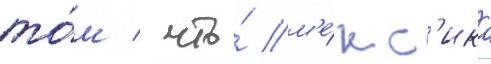
то́м / что́ м'е́кс'ика